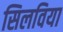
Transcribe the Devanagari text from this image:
सिलविया